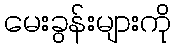
မေးခွန်းများကို